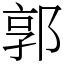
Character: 郭